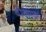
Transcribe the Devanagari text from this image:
बीक्मन